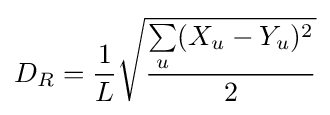
D_{R}={\frac {1}{L}}{\sqrt {\frac {\sum \limits _{u}(X_{u}-Y_{u})^{2}}{2}}}